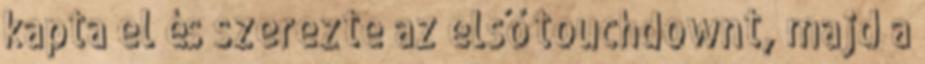
kapta el és szerezte az első touchdownt, majd a